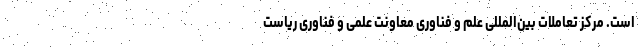
است. مرکز تعاملات بین‌المللی علم و فناوری معاونت علمی و فناوری ریاست